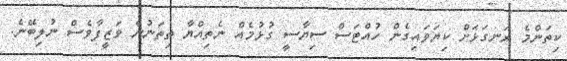
ކިތަންްމެ ރަނގަޅަށް ކިޔަވައިގެން ހުއްޓަސް ސިޔާސީ ގުޅުމެއް ނެތިއްޔާ ތިތަނުން ވަޒީފާވެސް ނުލިބޭނެ.